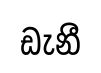
ඩැනී